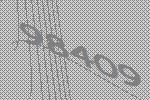
98409